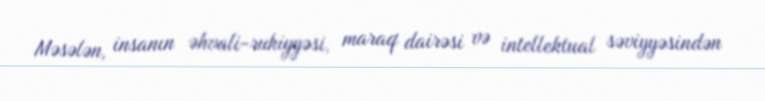
Məsələn, insanın əhvali-ruhiyyəsi, maraq dairəsi və intellektual səviyyəsindən